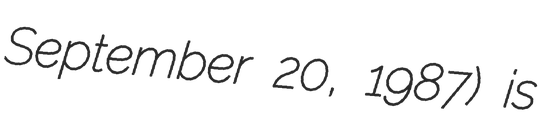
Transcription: September 20, 1987) is